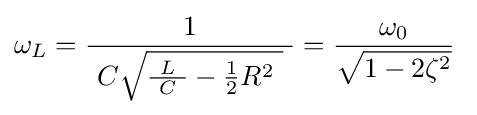
\omega _{L}={\frac {1}{\ C{\sqrt {{\tfrac {L}{\ C\ }}-{\tfrac {1}{2}}R^{2}\ }}\ }}={\frac {\omega _{0}}{\sqrt {1-2\zeta ^{2}}}}\;